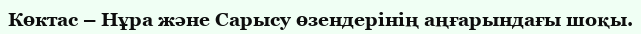
Көктас – Нұра және Сарысу өзендерінің аңғарындағы шоқы.